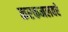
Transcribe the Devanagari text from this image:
करकमलवरे